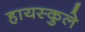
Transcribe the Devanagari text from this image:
हायस्कुले